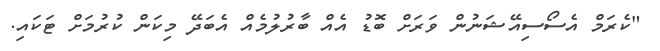
"ކެރަމް އެސޯސިއޭޝަނުން ވަރަށް ބޮޑު އެއް ބާރުލުމެއް އެބަދޭ މިކަން ކުރުމަށް ޓަކައި.